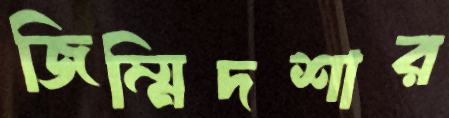
জিম্মিদশার